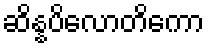
ဆိန္နပိလောတိကော